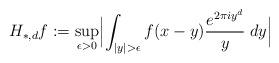
LaTeX: \begin{align*} H _{\ast, d } f & := \sup _{\epsilon >0} \Bigl\lvert \int _{\lvert y\rvert > \epsilon } f (x-y) \frac { e ^{2 \pi i y ^d }} y\; dy \Bigr\rvert\end{align*}